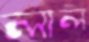
লাল